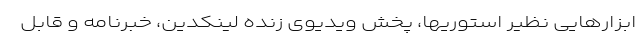
ابزار‌هایی نظیر استوریها، پخش ویدیوی زنده لینکدین، خبرنامه و قابل